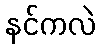
နင်ကလဲ